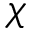
\chi